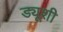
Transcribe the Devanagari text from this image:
ड्यूशी